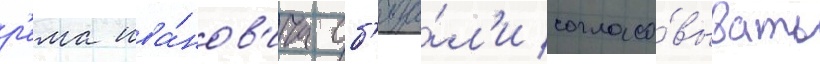
р'ема ива́нов'ича об'яза́л'и согласо́вывать